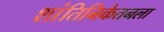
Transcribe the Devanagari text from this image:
शांतिनिकेतनला